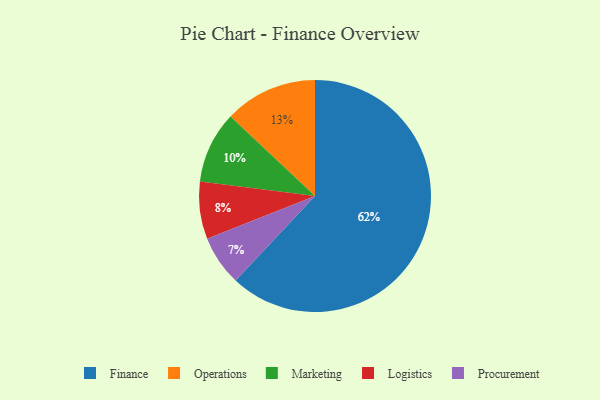
{"axis": {"x": "Category", "y": "Percentage"}, "legend": ["Finance", "Logistics", "Marketing", "Operations", "Procurement"], "data": [{"x": "Procurement", "y": 7, "type": "Procurement"}, {"x": "Marketing", "y": 10, "type": "Marketing"}, {"x": "Operations", "y": 13, "type": "Operations"}, {"x": "Finance", "y": 62, "type": "Finance"}, {"x": "Logistics", "y": 8, "type": "Logistics"}]}